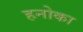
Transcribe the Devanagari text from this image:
हनोका